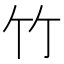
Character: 竹